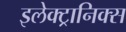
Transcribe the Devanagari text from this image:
इलेक्ट्रानिक्स